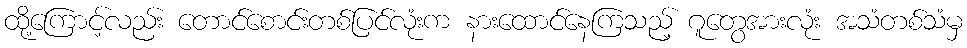
ထို့ကြောင့်လည်း တောင်စောင်းတစ်ပြင်လုံးက နားထောင်နေကြသည့် ဂူတွေအားလုံး အသံတစ်သံမှ